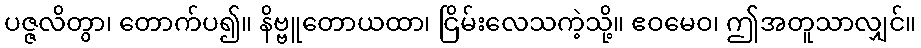
ပဇ္ဇလိတွာ၊ တောက်ပ၍။ နိဗ္ဗူတောယထာ၊ ငြိမ်းလေသကဲ့သို့။ ဧဝမေဝ၊ ဤအတူသာလျှင်။